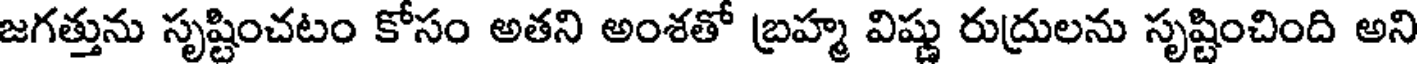
జగత్తును సృష్టించటం కోసం అతని అంశతో బ్రహ్మ విష్ణు రుద్రులను సృష్టించింది అని